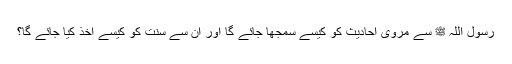
رسول اللہ ﷺ سے مروی احادیث کو کیسے سمجھا جائے گا اور ان سے سنت کو کیسے اخذ کیا جائے گا؟